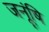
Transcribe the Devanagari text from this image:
जनूंषि